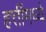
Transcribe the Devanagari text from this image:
हत्तींमध्ये